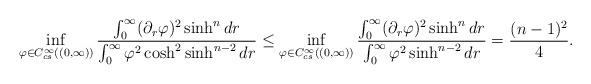
LaTeX: \begin{align*}\inf_{\varphi\in C^{\infty}_{cs}((0,\infty))}\frac{\int_{0}^{\infty} (\partial_r\varphi)^2\sinh^ndr}{\int_{0}^{\infty} \varphi^2\cosh^2\sinh^{n-2}dr}\leq \inf_{\varphi\in C^{\infty}_{cs}((0,\infty))}\frac{\int_{0}^{\infty} (\partial_r\varphi)^2\sinh^ndr}{\int_{0}^{\infty} \varphi^2\sinh^{n-2}dr}&=\frac{(n-1)^2}{4}.\end{align*}